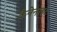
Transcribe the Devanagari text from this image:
कैनेनाइट